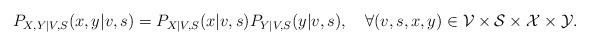
LaTeX: \begin{align*}P_{X,Y|V,S}(x,y|v,s)=P_{X|V,S}(x|v,s)P_{Y|V,S}(y|v,s),\quad\forall(v,s,x,y)\in\mathcal{V}\times\mathcal{S}\times\mathcal{X}\times\mathcal{Y}.\end{align*}